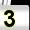
Digit: 3